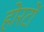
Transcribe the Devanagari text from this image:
होरटों